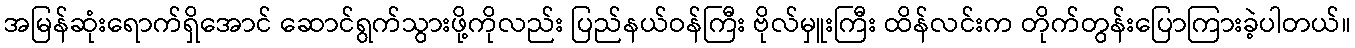
အမြန်ဆုံးရောက်ရှိအောင် ဆောင်ရွက်သွားဖို့ကိုလည်း ပြည်နယ်ဝန်ကြီး ဗိုလ်မှူးကြီး ထိန်လင်းက တိုက်တွန်းပြောကြားခဲ့ပါတယ်။